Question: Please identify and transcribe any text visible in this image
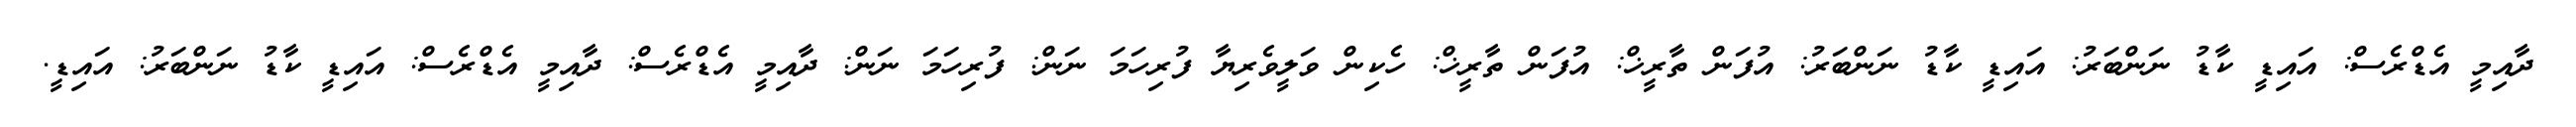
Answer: ދާއިމީ އެޑްރެސް: އައިޑީ ކާޑު ނަންބަރު: އައިޑީ ކާޑު ނަންބަރު: އުފަން ތާރީޚް: އުފަން ތާރީޚް: ހެކިން ވަލީވެރިޔާ ފުރިހަމަ ނަން: ފުރިހަމަ ނަން: ދާއިމީ އެޑްރެސް: ދާއިމީ އެޑްރެސް: އައިޑީ ކާޑު ނަންބަރު: އައިޑީ.